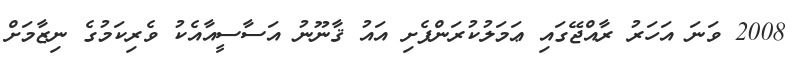
2008 ވަނަ އަހަރު ރާއްޖޭގައި ޢަމަލުކުރަންފެށި އައު ޤާނޫނު އަސާސީއާއެކު ވެރިކަމުގެ ނިޒާމަށް